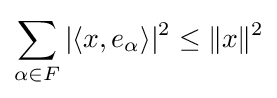
\sum _{\alpha \in F}|\langle x,e_{\alpha }\rangle |^{2}\leq \lVert x\rVert ^{2}